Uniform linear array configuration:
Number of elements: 12
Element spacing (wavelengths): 0.75
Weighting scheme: cosine
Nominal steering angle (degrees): -15
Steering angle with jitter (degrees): -13.016
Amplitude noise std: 0.05
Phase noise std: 0.05

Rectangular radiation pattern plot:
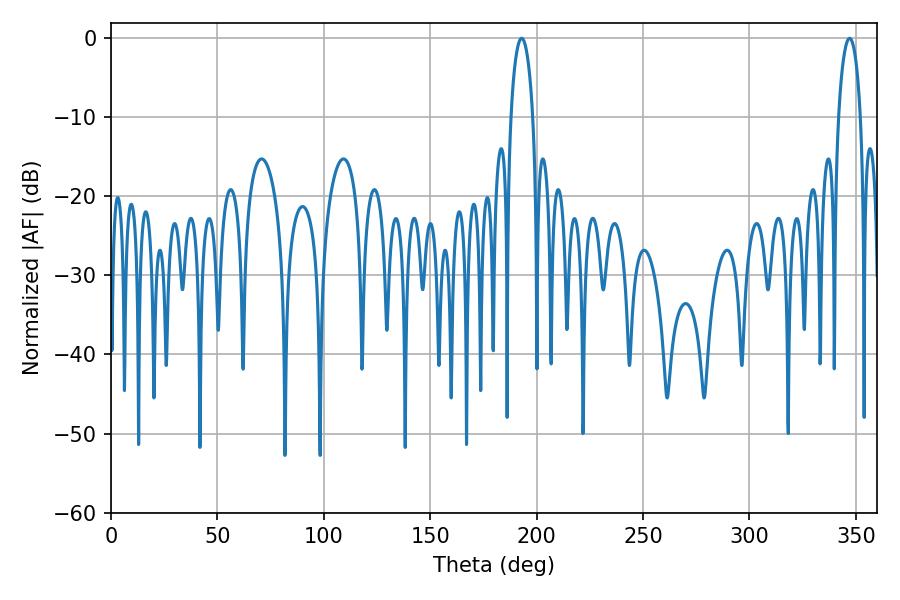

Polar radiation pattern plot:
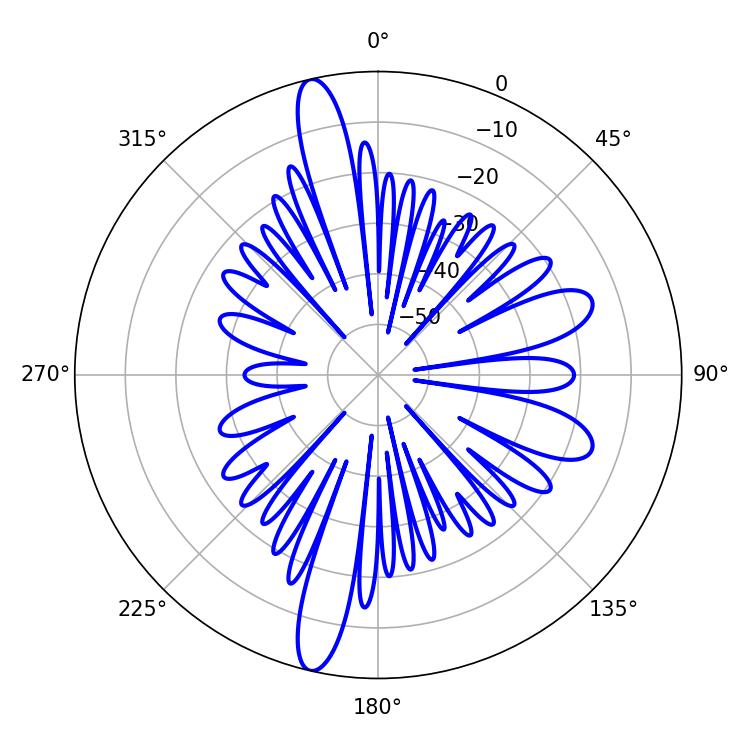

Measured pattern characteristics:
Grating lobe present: TRUE
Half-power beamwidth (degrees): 5.76
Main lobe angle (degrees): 192.96